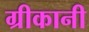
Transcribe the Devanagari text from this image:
ग्रीकानी